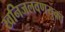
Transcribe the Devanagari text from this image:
खनिजलवणयुक्त